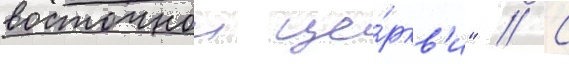
восточнои це́ркв'и" // С